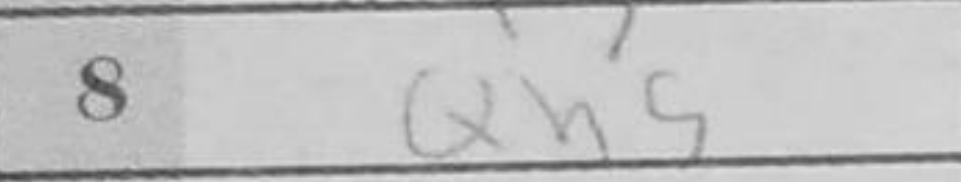
Transcription: Qh5